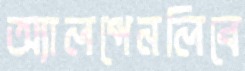
অ্যালপেনলিবে